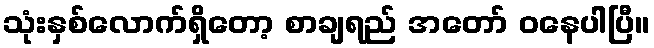
သုံးနှစ်လောက်ရှိတော့ စာချရည် အတော် ဝနေပါပြီ။